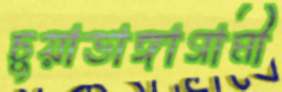
চুয়াডাঙ্গাগামী